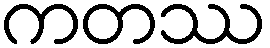
ကတဿ